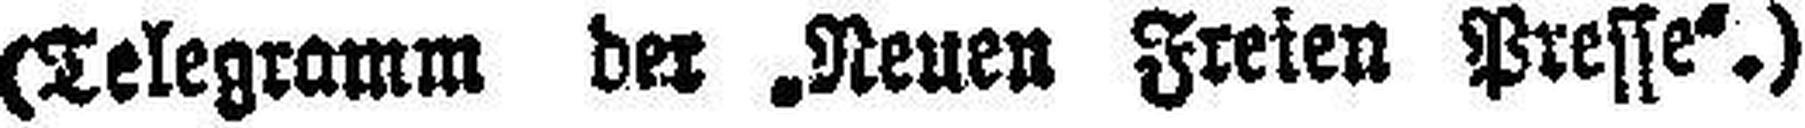
(Telegramm der „Neuen Freien Presse“.)